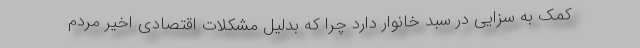
کمک به سزایی در سبد خانوار دارد چرا که بدلیل مشکلات اقتصادی اخیر مردم